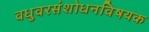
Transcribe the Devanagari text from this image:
वधुवरसंशोधनविषयक